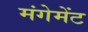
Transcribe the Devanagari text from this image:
मंगेमेंट